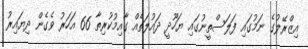
އިޒްރޭލުގެ ނަމުގައި ފަލަސްތީނުގައި ޔަހޫދީ ދައުލަތެއް ގާއިމުކުރިތާ 66 އަހަރު ވެގެން ދިޔައިރު